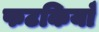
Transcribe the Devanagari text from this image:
फटकियाँ